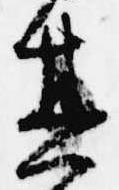
其